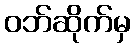
ဝဘ်ဆိုက်မှ